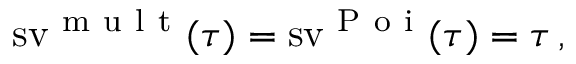
\operatorname { s v } ^ { \mathrm { ~ m ~ u ~ l ~ t ~ } } ( \tau ) = \operatorname { s v } ^ { \mathrm { ~ P ~ o ~ i ~ } } ( \tau ) = \tau \, ,